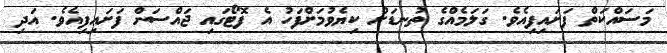
މަސައްކަތް ފަށައިފިއެވެ. ގަލަމެއްގެ ތުނޑަށް ކިޔެވުމަށްފަހު އެ ފޮޓޯގައި ޖައްސަން ފަށައިފިއެވެ. އަދި